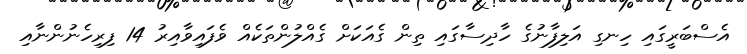
އެސްބަރީގައި ހިނގި އަލިފާނުގެ ހާދިސާގައި ތިން ގެއަކަށް ގެއްލުންތަކެއް ވެފައިވާއިރު 14 ފިރިހެނުންނާއި